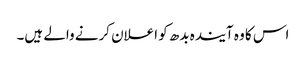
اس کا وہ آیندہ بدھ کو اعلان کرنے والے ہیں۔